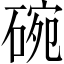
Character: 碗